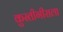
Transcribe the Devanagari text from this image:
कुस्तीगीराला